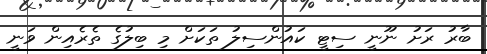
ބާރު ރަށު ނޫނީ ސިޓީ ކައުންސިލު ތަކަށް މި ބިލުގެ ތެރެއިން ވަނީ